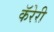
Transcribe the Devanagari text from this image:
कॅरेरी